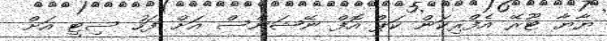
ޔާޔާ ޓޫރޭ އެފްރިކަން ކަޕް އޮފް ނޭޝަންސް އަށް ފަހު ސިޓީ އަށް